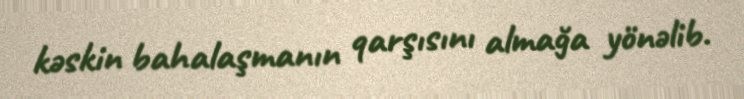
kəskin bahalaşmanın qarşısını almağa yönəlib.